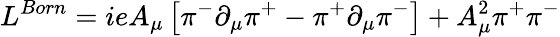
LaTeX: L^{Born}=ieA_{\mu}\left[\pi^{-}\partial_{\mu}\pi^{+}-\pi^{+}\partial_{\mu}\pi^{-}\right]+A_{\mu}^{2}\pi^{+}\pi^{-}